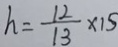
h = \frac { 1 2 } { 1 3 } \times 1 5